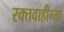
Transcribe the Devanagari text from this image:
रक्तवाहीन्या